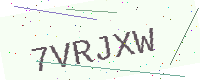
Text: 7VRJXW